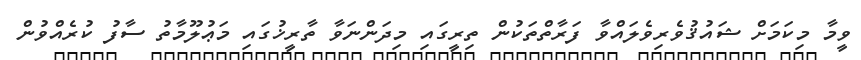
ވީމާ މިކަމަށް ޝައުޤުވެރިވެލައްވާ ފަރާތްތަކުން ތިރީގައި މިދަންނަވާ ތާރީޚުގައި މަޢުލޫމާތު ސާފު ކުރެއްވުން